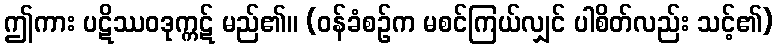
ဤကား ပဋိဿဝဒုက္ကဋ် မည်၏။ (ဝန်ခံစဉ်က မစင်ကြယ်လျှင် ပါစိတ်လည်း သင့်၏)